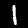
Label: 1